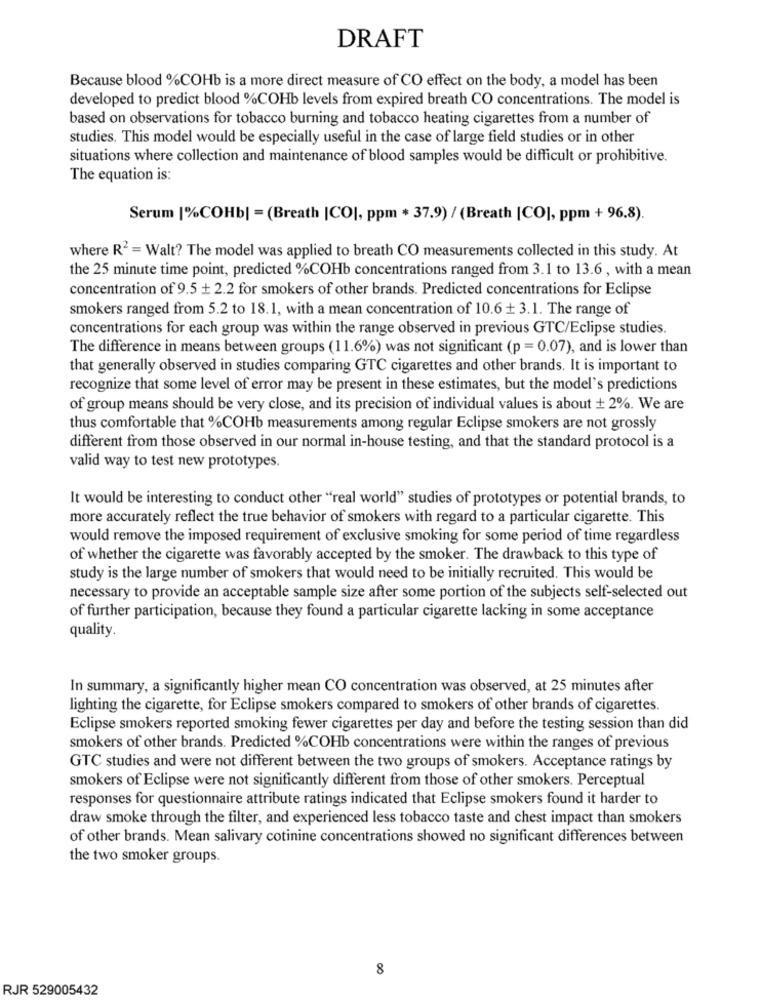
DRAFT
Because blood %COHb is a more direct measure of CO effect on the body, a model has been
developed to predict blood %COHb levels from expired breath CO concentrations. The model is
based on observations for tobacco burning and tobacco heating cigarettes from a number of
studies. This model would be especially useful in the case of large field studies or in other
situations where collection and maintenance of blood samples would be difficult or prohibitive.
The equation is:
Serum |%COHb| = (Breath |CO|, ppm * 37.9) / (Breath [CO], ppm + 96.8).
where R2 = Walt? The model was applied to breath CO measurements collected in this study. At
the 25 minute time point, predicted %COHb concentrations ranged from 3.1 to 13.6, with a mean
concentration of 9.5 + 2.2 for smokers of other brands. Predicted concentrations for Eclipse
smokers ranged from 5.2 to 18.1, with a mean concentration of 10.6 + 3.1. The range of
concentrations for each group was within the range observed in previous GTC/Eclipse studies.
The difference in means between groups (11.6%) was not significant (p = 0.07), and is lower than
that generally observed in studies comparing GTC cigarettes and other brands. It is important to
recognize that some level of error may be present in these estimates, but the model's predictions
of group means should be very close, and its precision of individual values is about + 2%. We are
thus comfortable that %COHb measurements among regular Eclipse smokers are not grossly
different from those observed in our normal in-house testing, and that the standard protocol is a
valid way to test new prototypes.
It would be interesting to conduct other "real world" studies of prototypes or potential brands, to
more accurately reflect the true behavior of smokers with regard to a particular cigarette. This
would remove the imposed requirement of exclusive smoking for some period of time regardless
of whether the cigarette was favorably accepted by the smoker. The drawback to this type of
study is the large number of smokers that would need to be initially recruited. This would be
necessary to provide an acceptable sample size after some portion of the subjects self-selected out
of further participation, because they found a particular cigarette lacking in some acceptance
quality.
In summary, a significantly higher mean CO concentration was observed, at 25 minutes after
lighting the cigarette, for Eclipse smokers compared to smokers of other brands of cigarettes.
Eclipse smokers reported smoking fewer cigarettes per day and before the testing session than did
smokers of other brands. Predicted %COHb concentrations were within the ranges of previous
GTC studies and were not different between the two groups of smokers. Acceptance ratings by
smokers of Eclipse were not significantly different from those of other smokers. Perceptual
responses for questionnaire attribute ratings indicated that Eclipse smokers found it harder to
draw smoke through the filter, and experienced less tobacco taste and chest impact than smokers
of other brands. Mean salivary cotinine concentrations showed no significant differences between
the two smoker groups.
8
RJR 529005432